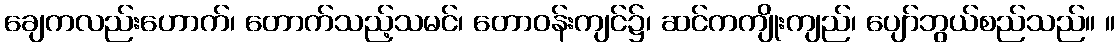
ချေကလည်းဟောက်၊ တောက်သည့်သမင်၊ တောဝန်းကျင်၌၊ ဆင်ကကျိုးကျည်၊ ပျော်ဘွယ်စည်သည်။ ။